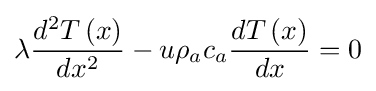
\lambda {\frac {d^{2}T\left(x\right)}{dx^{2}}}-u\rho _{a}c_{a}{\frac {dT\left(x\right)}{dx}}=0